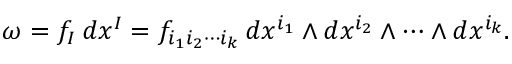
\omega = f _ { I } \, d x ^ { I } = f _ { i _ { 1 } i _ { 2 } \cdots i _ { k } } \, d x ^ { i _ { 1 } } \wedge d x ^ { i _ { 2 } } \wedge \cdots \wedge d x ^ { i _ { k } } .